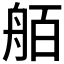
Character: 𮎋